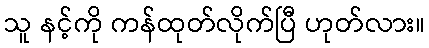
သူ နင့်ကို ကန်ထုတ်လိုက်ပြီ ဟုတ်လား။